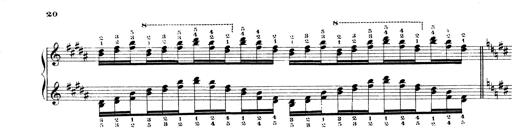
Title: Technische Studien
Composer: Franz Liszt